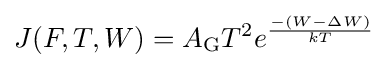
J(F,T,W)=A_{\mathrm {G} }T^{2}e^{-(W-\Delta W) \over kT}